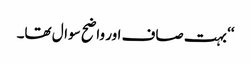
‘‘ بہت صاف اور واضح سوال تھا۔